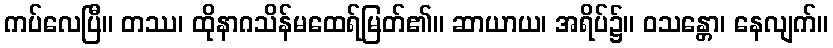
ကပ်လေပြီ။ တဿ၊ ထိုနာဂသိန်မထေရ်မြတ်၏။ ဆာယာယ၊ အရိပ်၌။ ဝသန္တော၊ နေလျက်။